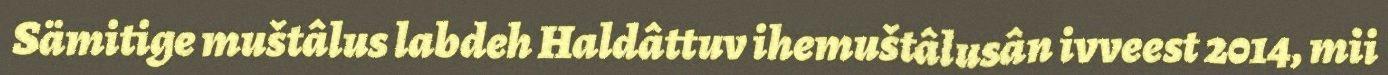
Sämitige muštâlus labdeh Haldâttuv ihemuštâlusân ivveest 2014, mii